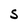
Character: S